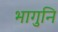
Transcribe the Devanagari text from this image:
भागुनि